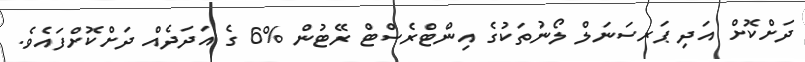
ދަށްކޮށް އަދި ޕަރސަނަލް ލޯނުތަކުގެ އިންޓްރެސްޓް ރޭޓުން %6 ގެ އަދަދެއް ދަށްކޮށްފައެވެ.